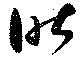
昨